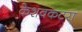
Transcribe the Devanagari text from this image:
केशवकटरा